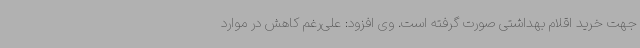
جهت خرید اقلام بهداشتی صورت گرفته است. وی افزود: علی‌رغم کاهش در موارد